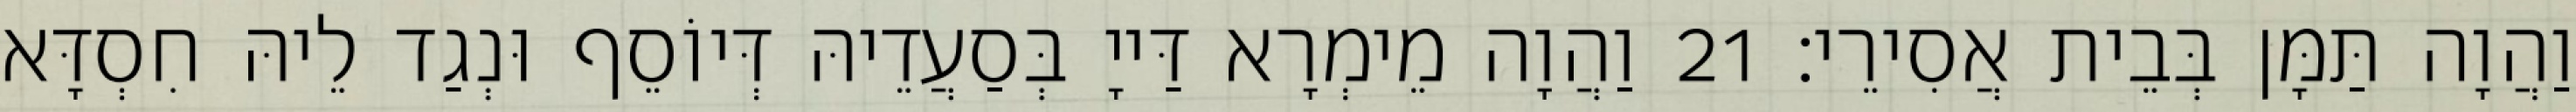
וַהֲוָה תַּמָּן בְּבֵית אֲסִירֵי׃ 21 וַהֲוָה מֵימְרָא דַּייָ בְּסַעֲדֵיהּ דְּיוֹסֵף וּנְגַד לֵיהּ חִסְדָּא